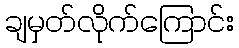
ချမှတ်လိုက်ကြောင်း